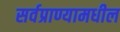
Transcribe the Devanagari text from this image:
सर्वप्राण्यामधील